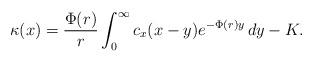
LaTeX: \begin{align*}\kappa(x) =\frac{\Phi(r)}{r}\int_{0}^{\infty}c_x(x-y)e^{-\Phi(r)y}\,dy - K. \end{align*}